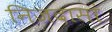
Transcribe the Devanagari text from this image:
निजदासां